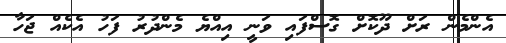
އެންމެން ރަށް ދޫކޮށް ގޮސްފައި ވަނީ އިއްޔެ މެންދުރު ފަހު އެކެއް ޖަހާ